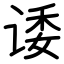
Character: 诿